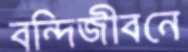
বন্দিজীবনে